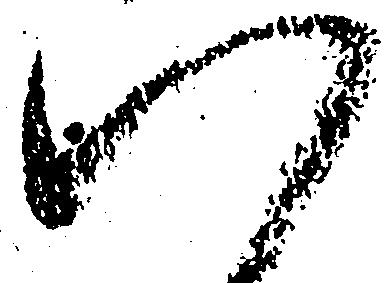
八